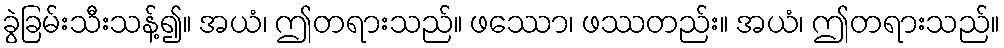
ခွဲခြမ်းသီးသန့်၍။ အယံ၊ ဤတရားသည်။ ဖဿော၊ ဖဿတည်း။ အယံ၊ ဤတရားသည်။